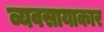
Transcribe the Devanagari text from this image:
व्यवसायाकार